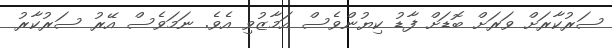
ސަރުކާރަށް ވަރަށް ބޮޑަށް ފާޑު ކިޔުންވެސް އަމާޒުވި އެވެ. ނަމަވެސް އޭރު ސަރުކާރު